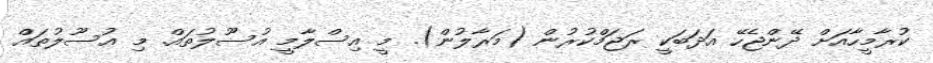
ކުރާމީހާއަށް ދޭންޖެހޭ އަދަބަކީ ރަޖަމްކުރުން (މަރާލުން). މީ އިސްލާމީ އުސޫލުތައް. މި އުސޫލުތައް